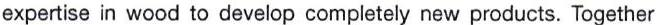
expertise in wood to develop completely new products. Together